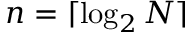
n = \lceil \log _ { 2 } N \rceil